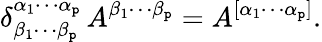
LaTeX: \delta_{\beta_{1}\cdots\beta_{\mathtt{p}}}^{\alpha_{1}\cdots\alpha_{\mathtt{p}}}\, A^{\beta_{1}\cdots\beta_{\mathtt{p}}}=A^{[\alpha_{1}\cdots\alpha_{\mathtt{p}}]}.